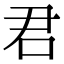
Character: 君